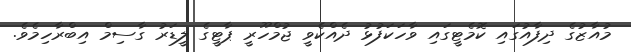
މުއާޒުގެ ދިފާއުގައި ކޮމެޓީގައި ވާހަކަފުޅު ދެއްކެވީ ޖުމްހޫރީ ޕާޓީގެ ލީޑަރު ގާސިމް އިބްރާހިމެވެ.